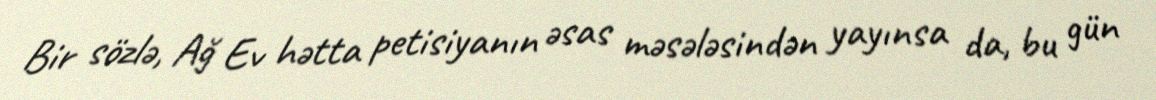
Bir sözlə, Ağ Ev hətta petisiyanın əsas məsələsindən yayınsa da, bu gün